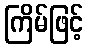
ကြိမ်ဖြင့်